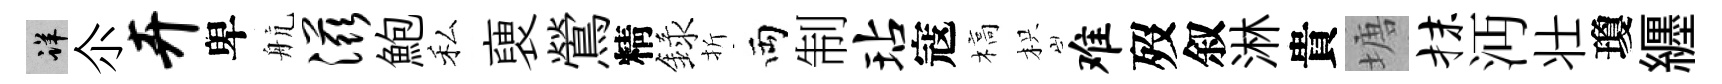
详尒卉卑航滋鮑私褏鶯精録折両制玷寇槁枳难歿叙淋貴塘抹沔壮瓊纒